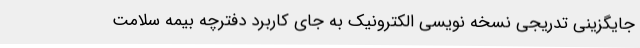
جایگزینی تدریجی نسخه نویسی الکترونیک به جای کاربرد دفترچه بیمه سلامت